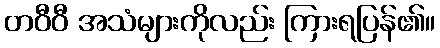
တဝီဝီ အသံများကိုလည်း ကြားရပြန်၏။